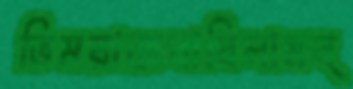
ভিমরাজবাধিলামব্